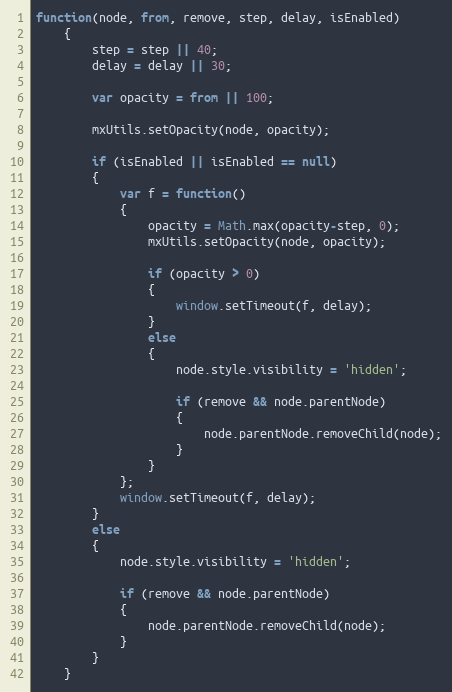
Language: JavaScript
function(node, from, remove, step, delay, isEnabled)
	{
		step = step || 40;
		delay = delay || 30;

		var opacity = from || 100;

		mxUtils.setOpacity(node, opacity);

		if (isEnabled || isEnabled == null)
		{
			var f = function()
			{
			    opacity = Math.max(opacity-step, 0);
				mxUtils.setOpacity(node, opacity);

				if (opacity > 0)
				{
					window.setTimeout(f, delay);
				}
				else
				{
					node.style.visibility = 'hidden';

					if (remove && node.parentNode)
					{
						node.parentNode.removeChild(node);
					}
				}
			};
			window.setTimeout(f, delay);
		}
		else
		{
			node.style.visibility = 'hidden';

			if (remove && node.parentNode)
			{
				node.parentNode.removeChild(node);
			}
		}
	}